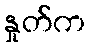
နှုတ်က